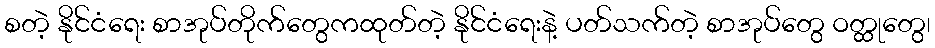
စတဲ့ နိုင်ငံရေး စာအုပ်တိုက်တွေကထုတ်တဲ့ နိုင်ငံရေးနဲ့ ပတ်သက်တဲ့ စာအုပ်တွေ ဝတ္ထုတွေ၊